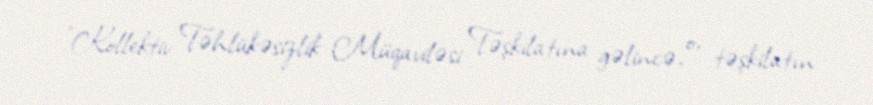
”Kollektiv Təhlükəsizlik Müqaviləsi Təşkilatına gəlincə, o, təşkilatın